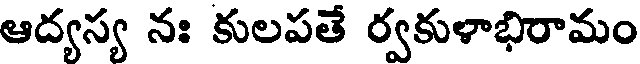
ఆద్యస్య నః కులపతే ర్వకుళాభిరామం